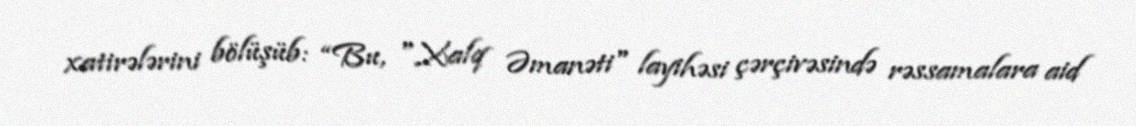
xatirələrini bölüşüb: “Bu, "Xalq Əmanəti" layihəsi çərçivəsində rəssamalara aid